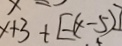
x + 3 + [ - ( x - 5 ) ]